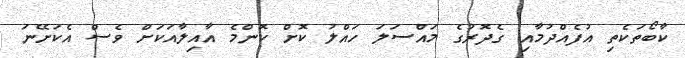
ކާބޯތަކެތި އުފެއްދުމާއި ގެދޮރުގެ މައްސަލަ ހައްލު ކޮށް ކޮންމެ އާއިލާއަކަށް ވެސް އެކަށޭނަ